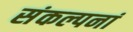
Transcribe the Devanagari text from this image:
संकल्पनां